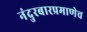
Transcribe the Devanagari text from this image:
नंदुरबारप्रमाणेच